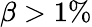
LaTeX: \beta>1\%